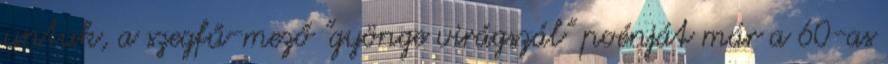
untuk, a szegfű-mező "gyönge virágszál" poénját már a 60-as